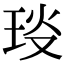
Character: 𤥎